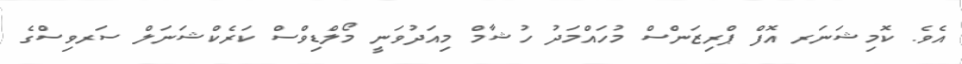
އެވެ. ކޮމިޝަނަރ އޮފް ޕްރިޒަންސް މުހައްމަދު ހުޝާމް މިއަދުވަނީ މޯލްޑިވްސް ކަރެކްޝަނަލް ސަރވިސްގެ